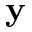
\bf y